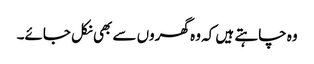
وہ چاہتے ہیں کہ وہ گھروں سے بھی نکل جائے۔